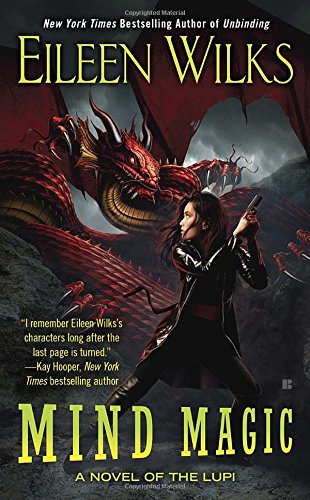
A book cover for Mind Magic (A Novel of the Lupi); Eileen Wilks; Science Fiction & Fantasy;